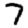
Digit: 7